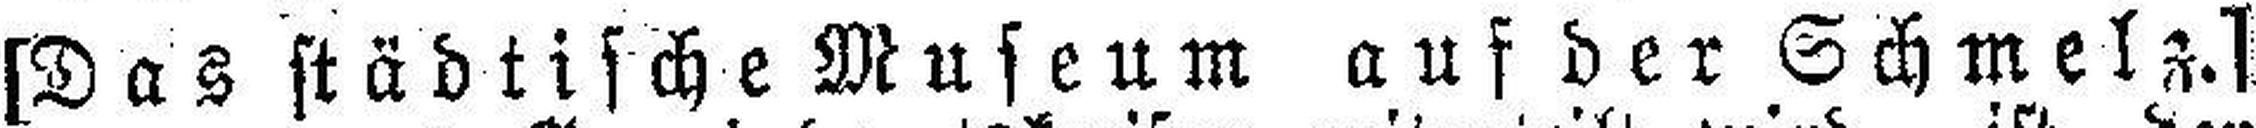
[Das städtische Museum auf der Schmelz.]